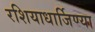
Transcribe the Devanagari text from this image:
रशियाधार्जिण्या